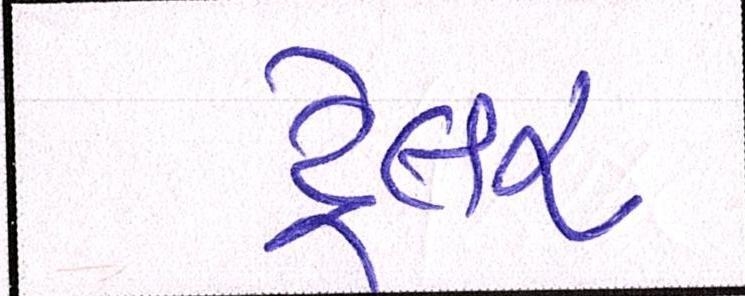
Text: ટ્રેલર